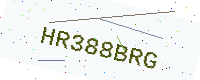
Text: HR388BRG